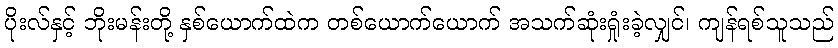
ပိုးလ်နှင့် ဘိုးမန်းတို့ နှစ်ယောက်ထဲက တစ်ယောက်ယောက် အသက်ဆုံးရှုံးခဲ့လျှင်၊ ကျန်ရစ်သူသည်